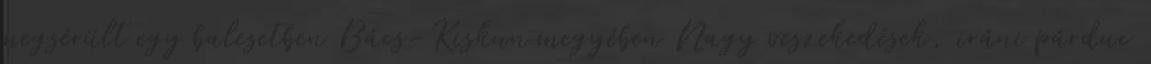
megsérült egy balesetben Bács-Kiskun megyében Nagy veszekedések, iráni párduc